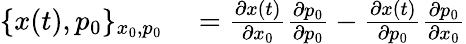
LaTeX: \begin{array}{rl}{\{ x(t),p_{0}\} _{x_{0},p_{0}}}&{{}=\frac{\partial x(t)}{\partial x_{0}}\frac{\partial p_{0}}{\partial p_{0}}-\frac{\partial x(t)}{\partial p_{0}}\frac{\partial p_{0}}{\partial x_{0}}}\end{array}